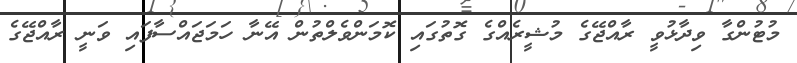
މުޓުންގާ ވިދާޅުވީ ރާއްޖޭގެ މުޝީރެއްގެ ގޮތުގައި ކޮމަންވެލްތުން އޭނާ ހަމަޖައްސާފައި ވަނީ ރާއްޖޭގެ